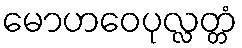
မောဟဝေပုလ္လတ္တံ